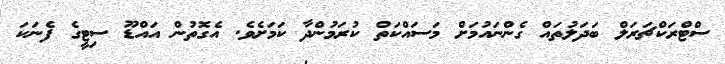
ސްޓްރަކްޗަރަލް ބަދަލުތައް ގެންނައުމަށް މަސައްކަތް ކުރަމުންދާ ކަމަށެވެ. އެގޮތުން އައްޑޫ ސިޓީގެ ފެނަކަ